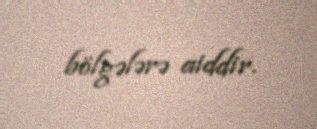
bölgələrə aiddir.